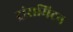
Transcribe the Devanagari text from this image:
ट्रांसमिटन